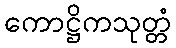
ကောဋ္ဌိကသုတ္တံ